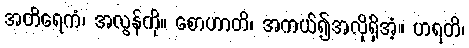
အတိရေကံ၊ အလွန်ကို။ စောဟာတိ၊ အကယ်၍အလိုရှိအံ့။ ဟရတိ၊